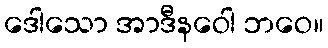
ဒေါသော အာဒီနဝေါ ဘဝေ။